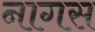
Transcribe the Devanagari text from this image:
नागस